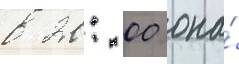
в 20: 00 она́